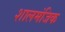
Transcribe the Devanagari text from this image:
शालमंजिक